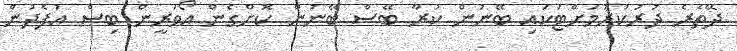
ދޭތެރެ ދުރުކުރުމަށްޓަކައި ބޭނުން ކުރާ ބޭސް ބޭނުން ކޮށްގެން އޯވަރީން ބިސް އުފެދުން